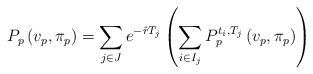
LaTeX: \begin{align*}P_{p}\left(v_{p},\pi_{p}\right)=\sum_{j\in J}e^{-\hat{r}T_{j}}\left(\sum_{i\in I_{j}}P_{p}^{t_{i},T_{j}}\left(v_{p},\pi_{p}\right)\right)\end{align*}